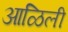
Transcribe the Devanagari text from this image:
आळिली